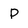
Character: p